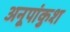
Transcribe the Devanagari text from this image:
अनूपांकुश